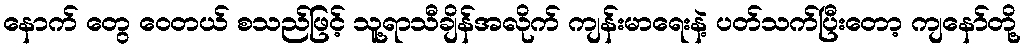
နောက် တွေ ဝေတယ် စသည်ဖြင့် သူ့ရာသီချိန်အလိုက် ကျန်းမာရေးနဲ့ ပတ်သက်ပြီးတော့ ကျနော်တို့